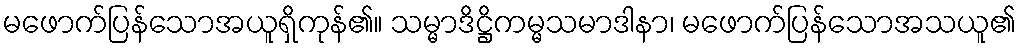
မဖောက်ပြန်သောအယူရှိကုန်၏။ သမ္မာဒိဋ္ဌိကမ္မသမာဒါနာ၊ မဖောက်ပြန်သောအသယူ၏